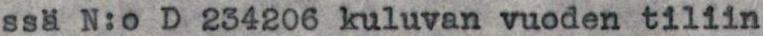
ssä N:o D 234206 kuluvan vuoden tiliin